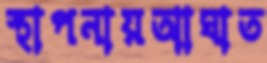
স্থাপনায়আঘাত